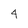
Character: 4